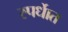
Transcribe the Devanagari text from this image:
स्पर्धाेत